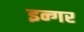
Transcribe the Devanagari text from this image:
इन्गर